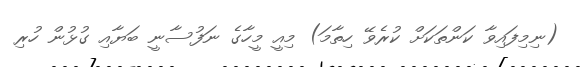
(ނިމިފައިވާ ކަންތަކަށް ކުރެވޭ ހިތާމަ) މިއީ މީހާގެ ނަފުސާނީ ބަޔާއި ގުޅުން ހުރި